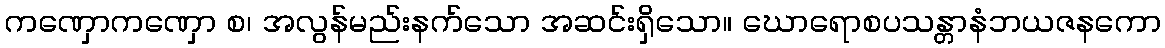
ကဏှောကဏှော စ၊ အလွန်မည်းနက်သော အဆင်းရှိသော။ ဃောရောစပသန္တာနံဘယဇနကော